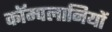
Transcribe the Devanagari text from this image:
कॉम्पलानियों